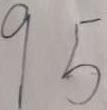
9 5